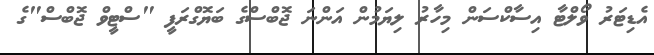
އެޑިޓަރު ވޯލްޓާ އިސާކްސަން މިހާރު ލިޔަމުން އަންނަ ޖޮބްސްގެ ބަޔޮގްރަފީ "ސްޓީވް ޖޮބްސް"ގެ